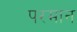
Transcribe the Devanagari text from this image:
परमान